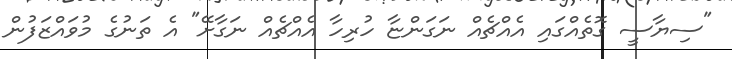
"ސިޔާސީ ގޮތެއްގައި އެއްޗެއް ނަގަންޏާ ހުރިހާ އެއްޗެއް ނަގާށޭ" އެ ތަނުގެ މުވައްޒަފުން